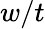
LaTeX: w/t